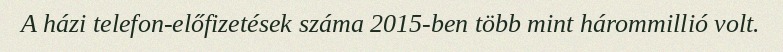
A házi telefon-előfizetések száma 2015-ben több mint hárommillió volt.